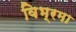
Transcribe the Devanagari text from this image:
विभ्रमा